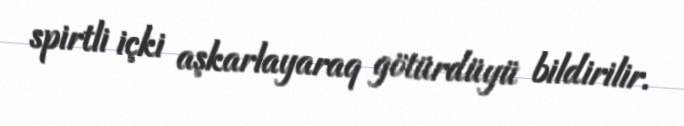
spirtli içki aşkarlayaraq götürdüyü bildirilir.